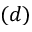
( d )